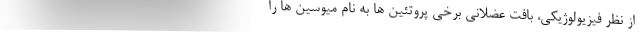
از نظر فیزیولوژیکی، بافت عضلانی برخی پروتئین ها به نام میوسین ها را